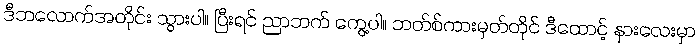
ဒီဘလောက်အတိုင်း သွားပါ။ ပြီးရင် ညာဘက် ကွေ့ပါ။ ဘတ်စ်ကားမှတ်တိုင် ဒီထောင့် နားလေးမှာ